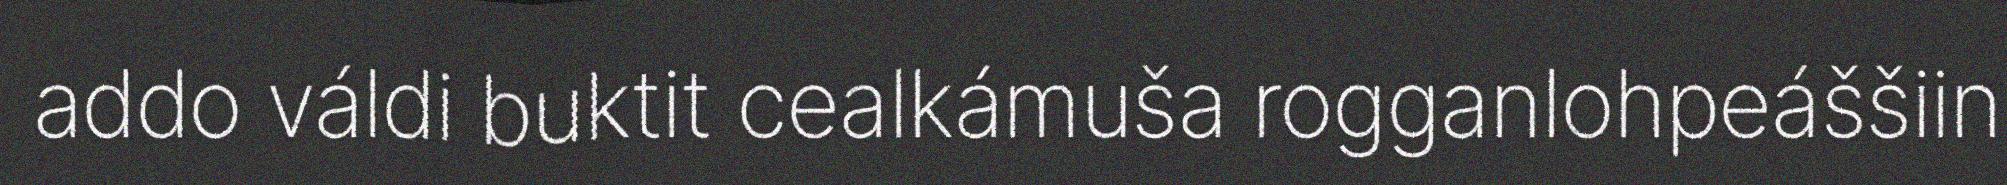
addo váldi buktit cealkámuša rogganlohpeáššiin